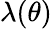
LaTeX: \lambda(\theta)